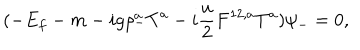
LaTeX: ( - E _ { f } - m - i g \rho _ { - } ^ { a } { T } ^ { a } - i \frac { u } { 2 } F ^ { 1 2 , a } { T } ^ { a } ) \psi _ { - } = 0 ,